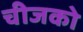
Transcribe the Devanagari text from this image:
चीजको